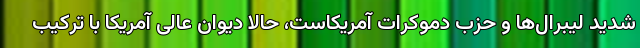
شدید لیبرال‌ها و حزب دموکرات آمریکاست، حالا دیوان عالی آمریکا با ترکیب